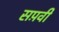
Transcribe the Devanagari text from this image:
सप़वी